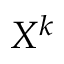
X ^ { k }